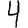
Digit: 4